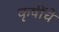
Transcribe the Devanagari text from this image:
कृषींचे